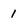
Character: 1